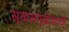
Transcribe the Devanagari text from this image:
सुखसमृद्धीसाठी